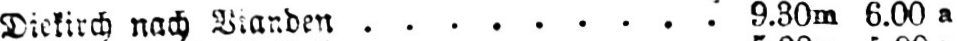
Diekirch nachBianden ......... 9.30m 6.00a: